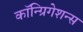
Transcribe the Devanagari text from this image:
कॉन्ग्रिगेशन्स